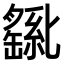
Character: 𫧊